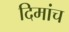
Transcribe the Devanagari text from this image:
दिमांच